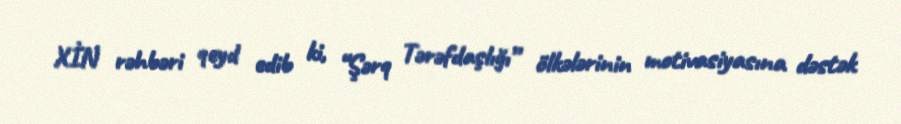
XİN rəhbəri qeyd edib ki, “Şərq Tərəfdaşlığı” ölkələrinin motivasiyasına dəstək